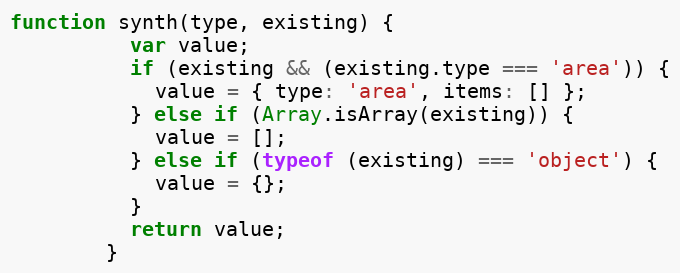
Language: JavaScript
function synth(type, existing) {
          var value;
          if (existing && (existing.type === 'area')) {
            value = { type: 'area', items: [] };
          } else if (Array.isArray(existing)) {
            value = [];
          } else if (typeof (existing) === 'object') {
            value = {};
          }
          return value;
        }